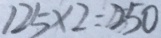
1 2 5 \times 2 = 2 5 0